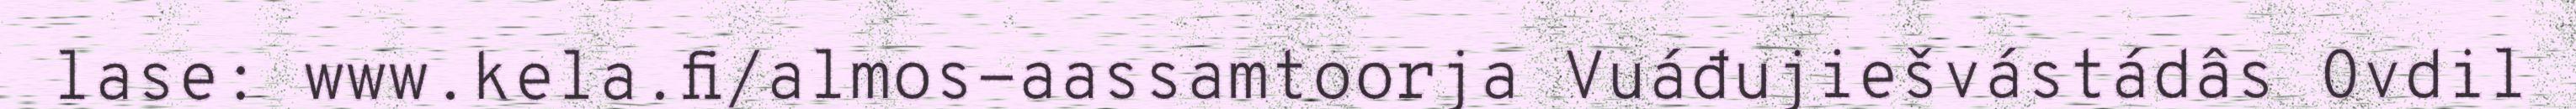
lase: www.kela.fi/almos-aassamtoorja Vuáđujiešvástádâs Ovdil